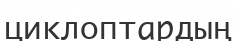
циклоптардың